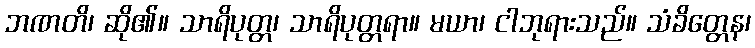
ဘဏတိ၊ ဆို၏။ သာရိပုတ္တ၊ သာရိပုတ္တရာ။ မယာ၊ ငါဘုရားသည်။ သံခိတ္တေန၊